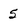
Character: 5